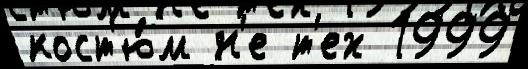
кост'ю́м н'е т'ех 1999